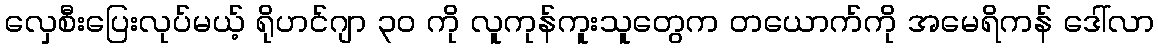
လှေစီးပြေးလုပ်မယ့် ရိုဟင်ဂျာ ၃၀ ကို လူကုန်ကူးသူတွေက တယောက်ကို အမေရိကန် ဒေါ်လာ